Madras plague regulations and rules for district municipalities and other towns and villages
Disease focus: Plague
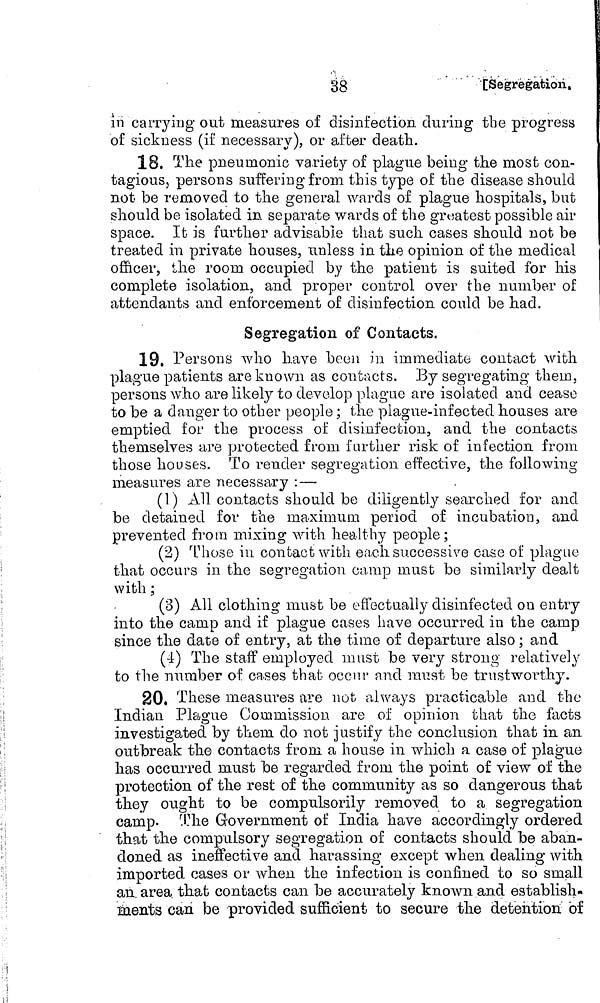
38
[Segregation..
in carrying out measures of disinfection during the progress
of sickness (if necessary), or after death.
18. The pneumonic variety of plague being the most con-
tagious, persons suffering from this type of the disease should
not be removed to the general wards of plague hospitals, but
should be isolated in separate wards of the greatest possible air
space. It is further advisable that such cases should not be
treated in private houses, unless in the opinion of the medical
officer, the room occupied by the patient is suited for his
complete isolation, and proper control over the number of
attendants and enforcement of disinfection could be had.
Segregation of Contacts.
19. Persons who have been in immediate contact with
plague patients are known as contacts. By segregating them,
persons who are likely to develop plague are isolated and cease
to be a danger to other people ; the plague-infected houses are
emptied for the process of disinfection, and the contacts
themselves are protected from further risk of infection from
those houses. To render segregation effective, the following
measures are necessary :—
(1) All contacts should be diligently searched for and
be detained for the maximum period of incubation, and
prevented from mixing with healthy people;
(2) Those in contact with each successive case of plague
that occurs in the segregation camp must be similarly dealt
with ;
(3) All clothing must be effectually disinfected on entry
into the camp and if plague cases have occurred in the camp
since the date of entry, at the time of departure also ; and
(4) The staff employed must be very strong relatively
to the number of cases that occur and must be trustworthy.
20. These measures are not always practicable and the
Indian Plague Commission are of opinion that the facts
investigated by them do not justify the conclusion that in an
outbreak the contacts from a house in which a case of plague
has occurred must be regarded from the point of view of the
protection of the rest of the community as so dangerous that
they ought to be compulsory removed to a segregation
camp. The Government of India have accordingly ordered
that the compulsory segregation of contacts should be aban-
doned as ineffective and harassing except when dealing with
imported, cases or when the infection is confined to so small
an. area that contacts can be accurately known and establish-
ments can be provided sufficient to secure the detention "of